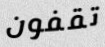
تقفون